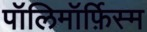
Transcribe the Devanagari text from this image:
पॉलिमॉर्फ़िस्म